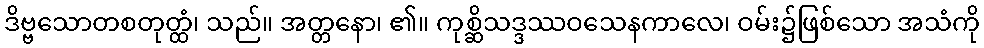
ဒိဗ္ဗသောတစတုတ္ထံ၊ သည်။ အတ္တနော၊ ၏။ ကုစ္ဆိသဒ္ဒဿဝသေနကာလေ၊ ဝမ်း၌ဖြစ်သော အသံကို